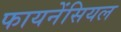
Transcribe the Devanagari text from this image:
फायनेंसियल